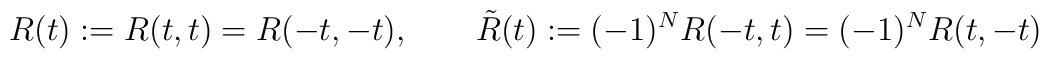
R(t):=R(t,t)=R(-t,-t),\qquad \tilde R(t):=(-1)^{N}R(-t,t)=(-1)^{N}R(t,-t)